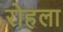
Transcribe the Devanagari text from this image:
रोहला